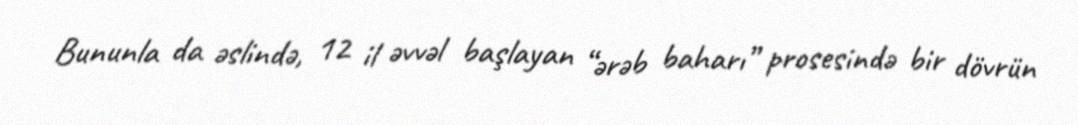
Bununla da əslində, 12 il əvvəl başlayan “ərəb baharı” prosesində bir dövrün